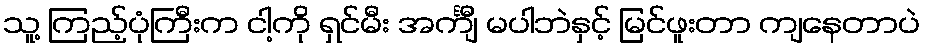
သူ့ ကြည့်ပုံကြီးက ငါ့ကို ရှင်မီး အင်္ကျီ မပါဘဲနှင့် မြင်ဖူးတာ ကျနေတာပဲ